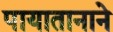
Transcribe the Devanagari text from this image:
पायातानाने